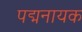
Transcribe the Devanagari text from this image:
पद्मनायक